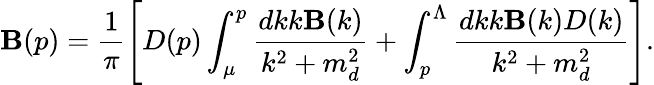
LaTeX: \mathbf{B}(p)=\frac{{1}}{{\pi}}\left[D(p)\int_{\mu}^{p}\frac{{dkk\mathbf{B}(k)}}{{k^{2}+m_{d}^{2}}}+\int_{p}^{\Lambda}\frac{{dkk\mathbf{B}(k)D(k)}}{{k^{2}+m_{d}^{2}}}\right].